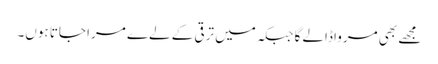
مجھے بھی مرواڈالے گا جبکہ میں ترقی کے لےے مرا جاتا ہوں۔